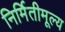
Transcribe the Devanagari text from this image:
निर्मितीमूल्य